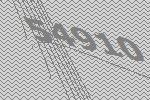
54910